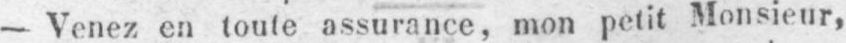
- Venez en toute assurance, mon petit Monsieur,